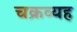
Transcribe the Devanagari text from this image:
चक्रव्यह